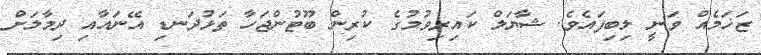
ޒަޚަމެއް ވަނީ ލިބިފައެވެ. ޝާޔަލް ކައިރިވުމުގެ ކުރިން ބޫޓުންޖަހާ ތަޅުދަނޑި އޭނައާއި ދިމާލަށް